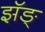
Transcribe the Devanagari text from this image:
झॅङ्